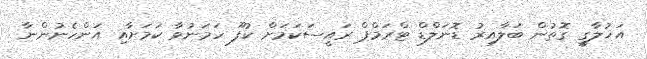
އަޚުލާގީ ގޮތުން ބަލާއިރު ޑޮނަލްޑް ޓްރަމްޕް ރައީސަކަމަށް ކުފޫ ހަމަނުވާ ކަމަށާއި އަންހެނުންނާ